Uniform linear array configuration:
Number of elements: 4
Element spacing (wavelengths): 1
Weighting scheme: exponential
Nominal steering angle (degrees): -30
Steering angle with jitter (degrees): -30.41
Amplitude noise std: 0.05
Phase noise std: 0.05

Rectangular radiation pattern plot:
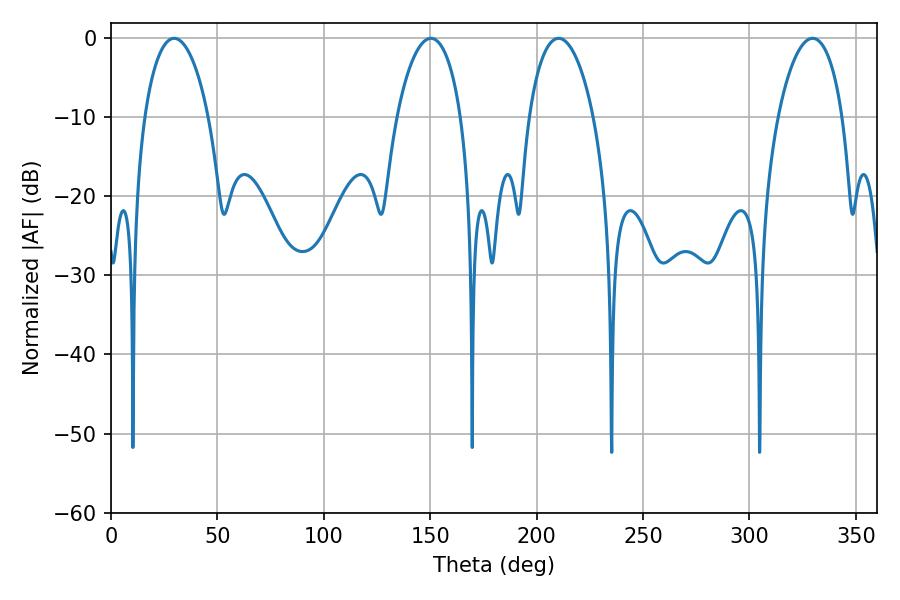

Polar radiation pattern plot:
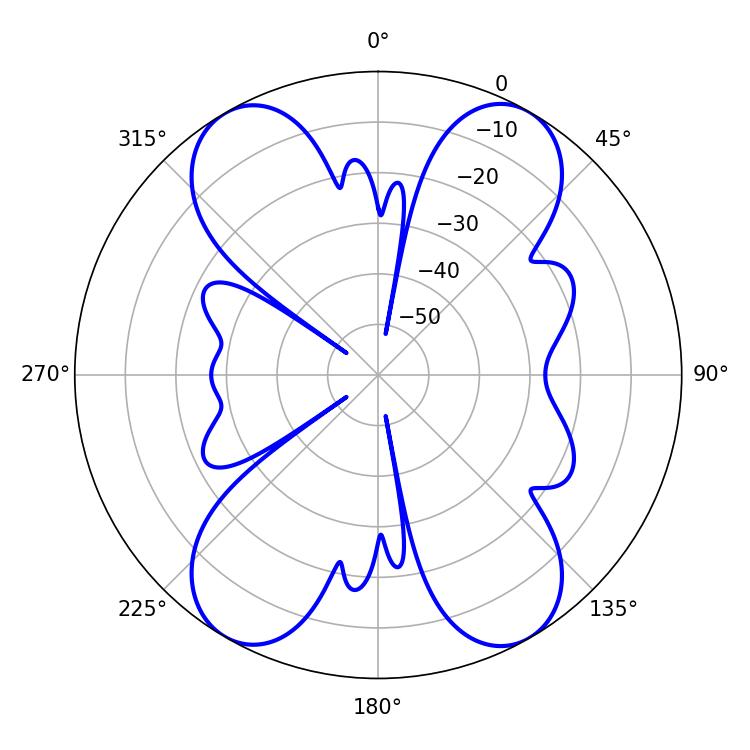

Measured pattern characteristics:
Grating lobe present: TRUE
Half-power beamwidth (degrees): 17.1
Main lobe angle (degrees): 29.7